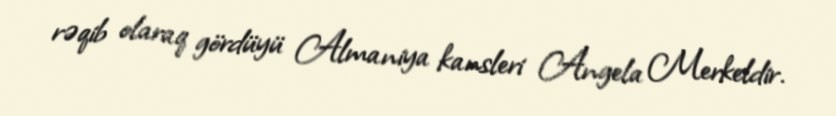
rəqib olaraq gördüyü Almaniya kansleri Angela Merkeldir.